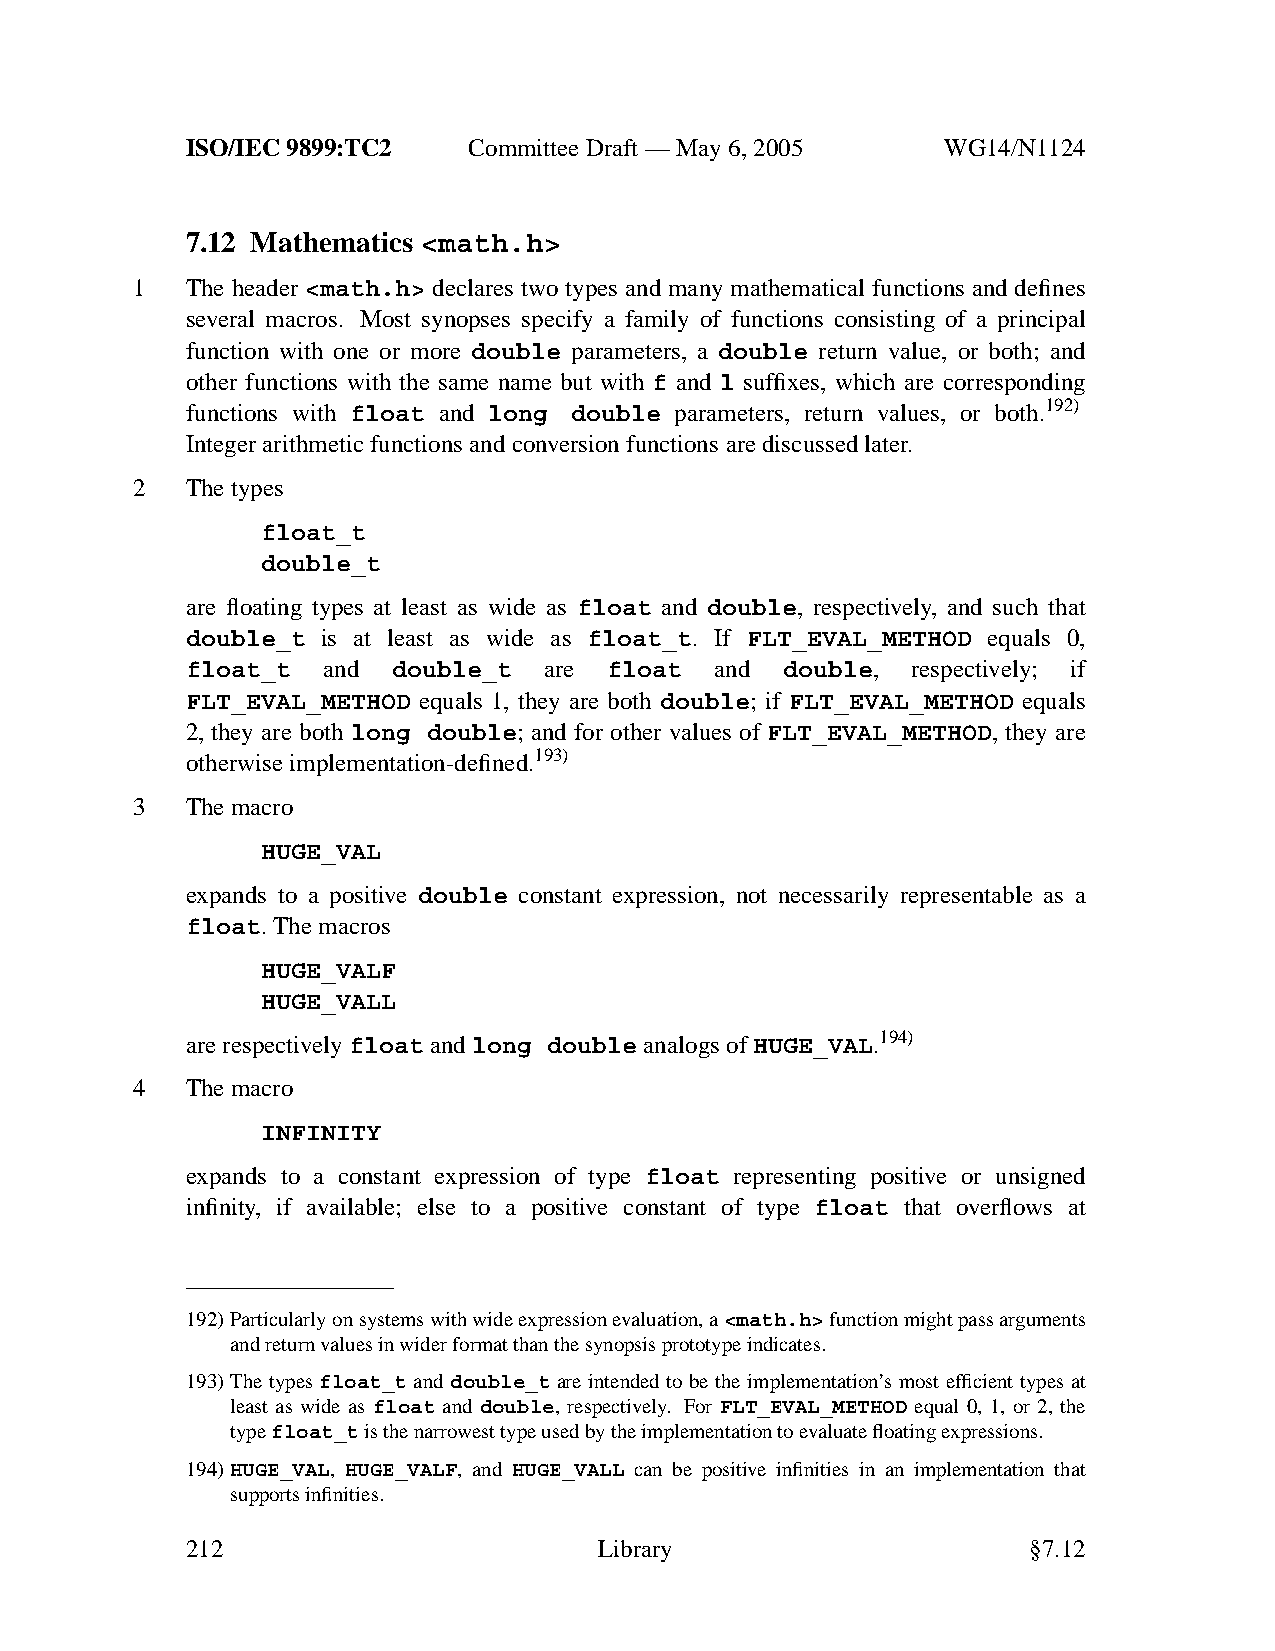
ISO/IEC 9899:TC2   Committee Draft — May 6, 2005   WG14/N1124
 7.12 Mathematics <math.h>
 1  The header <math.h> declares two types and many mathematical functions and defines
 several macros. Most synopses specify a family of functions consisting of a principal
 function with one or more double parameters, a double return value, or both; and
 other functions with the same name but with f and l suffixes, which are corresponding
 functions with float and long double parameters, return values, or both.192)
 Integer arithmetic functions and conversion functions are discussed later.
 2  The types
 float_t
 double_t
 are floating types at least as wide as float and double, respectively, and such that
 double_t is at least as wide as float_t. If FLT_EVAL_METHOD equals 0,
 float_t  and  double_t  are float  and  double, respectively; if
 FLT_EVAL_METHOD equals 1, they are both double; if FLT_EVAL_METHOD equals
 2, they are both long double; and for other values of FLT_EVAL_METHOD, they are
 otherwise implementation-defined.193)
 3  The macro
 HUGE_VAL
 expands to a positive double constant expression, not necessarily representable as a
 float.The macros
 HUGE_VALF
 HUGE_VALL
 are respectivelyfloat andlong double analogs of HUGE_VAL.194)
 4  The macro
 INFINITY
 expands to a constant expression of type float representing positive or unsigned
 infinity, if available; else to a positive constant of type float that overflows at
 192)Particularly on systems with wide expression evaluation, a<math.h>function might pass arguments
 and return values in wider format than the synopsis prototype indicates.
 193)The types float_t and double_t are intended to be the implementation’s most efficient types at
 least as wide as float and double, respectively. For FLT_EVAL_METHOD equal 0, 1, or 2, the
 typefloat_tis the narrowest type used by the implementation to evaluate floating expressions.
 194)HUGE_VAL, HUGE_VALF, and HUGE_VALL can be positive infinities in an implementation that
 supports infinities.
 212                         Library                     §7.12